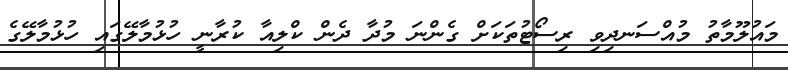
މައުލޫމާތު މުއްސަނދިވި ރިސޯޓުތަކަށް ގެންނަ މުދާ ދެން ކްލިއާ ކުރާނީ ހުޅުމާލޭގައި ހުޅުމާލޭގެ